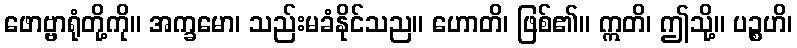
ဖောဗ္ဗာရုံတို့ကို။ အက္ခမော၊ သည်းမခံနိုင်သည။ ဟောတိ၊ ဖြစ်၏။ ဣတိ၊ ဤသို့။ ပဉ္စဟိ၊